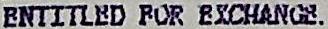
ENTITLED FOR EXCHANGE.